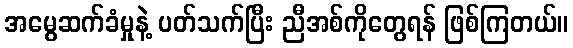
အမွေဆက်ခံမှုနဲ့ ပတ်သက်ပြီး ညီအစ်ကိုတွေရန် ဖြစ်ကြတယ်။